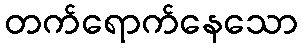
တက်ရောက်နေသော